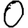
Digit: 0